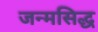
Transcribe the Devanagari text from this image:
जन्‍मसिद्ध